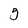
Character: 5